Indian journal of veterinary science and animal husbandry - Volumes 18-21, 1948-1951
Year: 1948
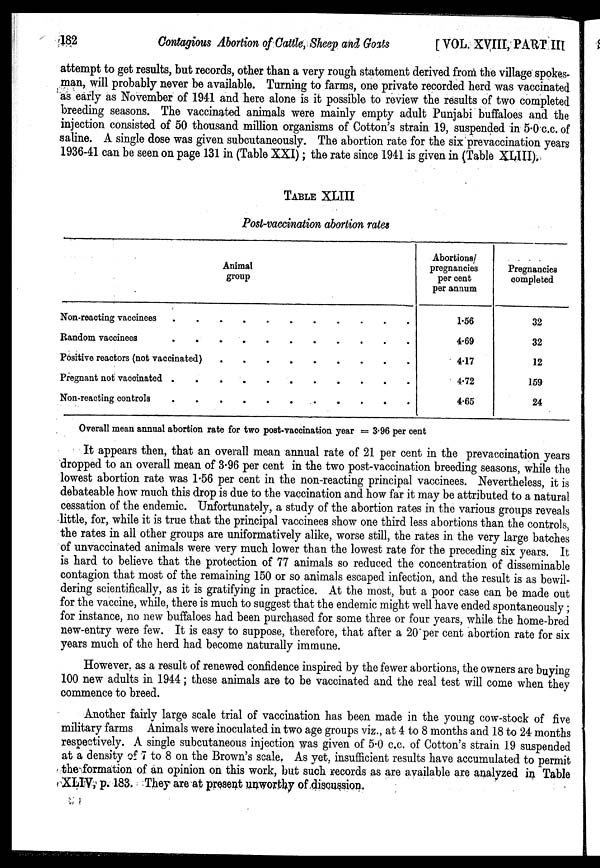
182
Contagious Abortion of Cattle, Sheep and Goats
[VOL. XVIII, PART III
attempt to get results, but records, other than a very rough statement derived from the village spokes-
man, will probably never be available. Turning to farms, one private recorded herd was vaccinated
as early as November of 1941 and here alone is it possible to review the results of two completed
breeding seasons. The vaccinated animals were mainly empty adult Punjabi buffaloes and the
injection consisted of 50 thousand million organisms of Cotton's strain 19, suspended in 5.0 c.c. of
saline. A single dose was given subcutaneously. The abortion rate for the six prevaccination years
1936-41 can be seen on page 131 in (Table XXI) ; the rate since 1941 is given in (Table XLIII).
TABLE XLIII
Post-vaccination abortion rates
Animal
group
Non-reacting vaccinees . . . . . . . . . . .
Random vaccinees . . . . . . . . . . .
Positive reactors (not vaccinated) . . . . . . . . .
Pregnant not vaccinated . . . . . . . . . . .
Non-reacting controls . . . . . . . . . . .
Abortions/
pregnancies
per cent
per annum
1.56
4.69
4.17
4.72
4.65
Pregnancies
completed
32
32
12
159
24
Overall mean annual abortion rate for two post-vaccination year = 3.96 per cent
It appears then, that an overall mean annual rate of 21 per cent in the prevaccination years
dropped to an overall mean of 3.96 per cent in the two post-vaccination breeding seasons, while the
lowest abortion rate was 1.56 per cent in the non-reacting principal vaccinees. Nevertheless, it is
debateable how much this drop is due to the vaccination and how far it may be attributed to a natural
cessation of the endemic. Unfortunately, a study of the abortion rates in the various groups reveals
little, for, while it is true that the principal vaccinees show one third less abortions than the controls,
the rates in all other groups are uniformatively alike, worse still, the rates in the very large batches
of unvaccinated animals were very much lower than the lowest rate for the preceding six years. It
is hard to believe that the protection of 77 animals so reduced the concentration of disseminable
contagion that most of the remaining 150 or so animals escaped infection, and the result is as bewil-
dering scientifically, as it is gratifying in practice. At the most, but a poor case can be made out
for the vaccine, while, there is much to suggest that the endemic might well have ended spontaneously ;
for instance, no new buffaloes had been purchased for some three or four years, while the home-bred
new-entry were few. It is easy to suppose, therefore, that after a 20 per cent abortion rate for six
years much of the herd had become naturally immune.
However, as a result of renewed confidence inspired by the fewer abortions, the owners are buying
100 new adults in 1944 ; these animals are to be vaccinated and the real test will come when they
commence to breed.
Another fairly large scale trial of vaccination has been made in the young cow-stock of five
military farms Animals were inoculated in two age groups viz., at 4 to 8 months and 18 to 24 months
respectively. A single subcutaneous injection was given of 5.0 c.c. of Cotton's strain 19 suspended
at a density of 7 to 8 on the Brown's scale. As yet, insufficient results have accumulated to permit
the formation of an opinion on this work, but such records as are available are analyzed in Table
XLIV, p. 183. They are at present unworthy of discussion.